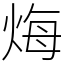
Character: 烸